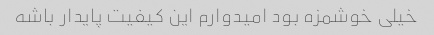
خیلی خوشمزه بود امیدوارم این کیفیت پایدار باشه